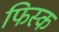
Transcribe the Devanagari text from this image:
फिस्‍क